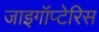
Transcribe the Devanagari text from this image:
जाइगॉप्टेरिस